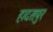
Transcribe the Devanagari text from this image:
हादसपुर